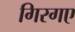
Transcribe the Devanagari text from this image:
गिरगए